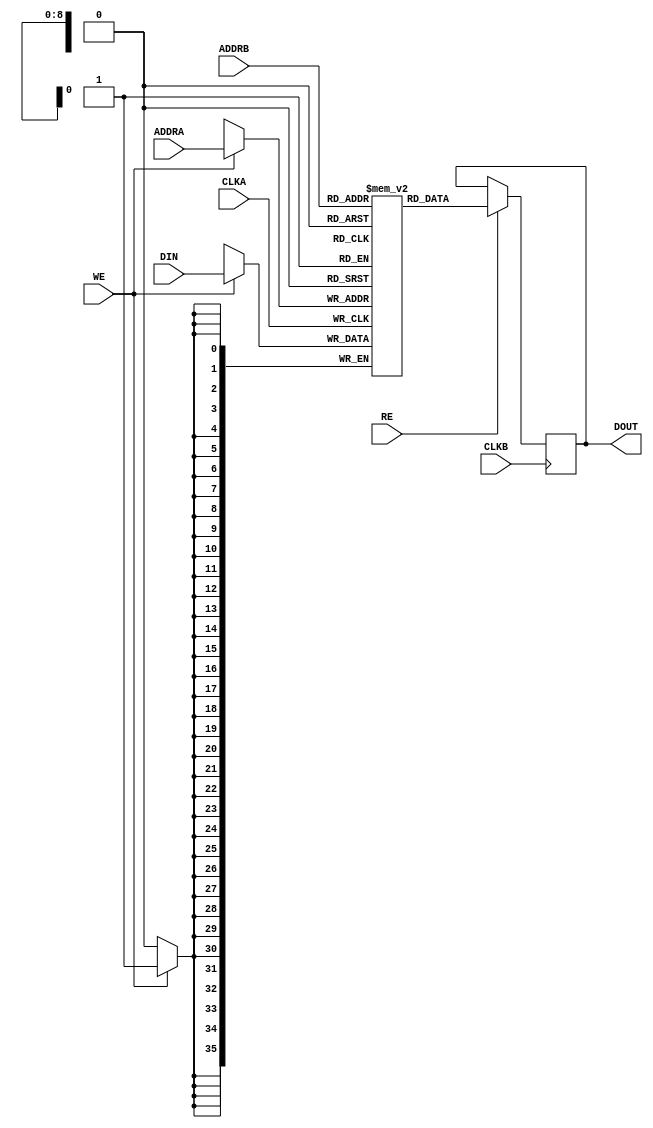
`timescale 1ns/1ps

module GJC7 #(
  parameter DATA_WIDTH = 36,
  parameter ADDR_WIDTH = 9
) (
  input CLKA,
  input CLKB,
  input WE,
  input RE,
  input [DATA_WIDTH-1:0] DIN,
  input [ADDR_WIDTH-1:0] ADDRA,
  input [ADDR_WIDTH-1:0] ADDRB,

  output reg [DATA_WIDTH-1:0] DOUT=0
);

  reg [DATA_WIDTH-1:0] RAM [2**ADDR_WIDTH-1:0];

  always @(posedge CLKA) begin
    if (WE)
      RAM[ADDRA] <= DIN;
  end

    always @(posedge CLKB) begin
    if (RE)
      DOUT <= RAM[ADDRB];
  end

endmodule